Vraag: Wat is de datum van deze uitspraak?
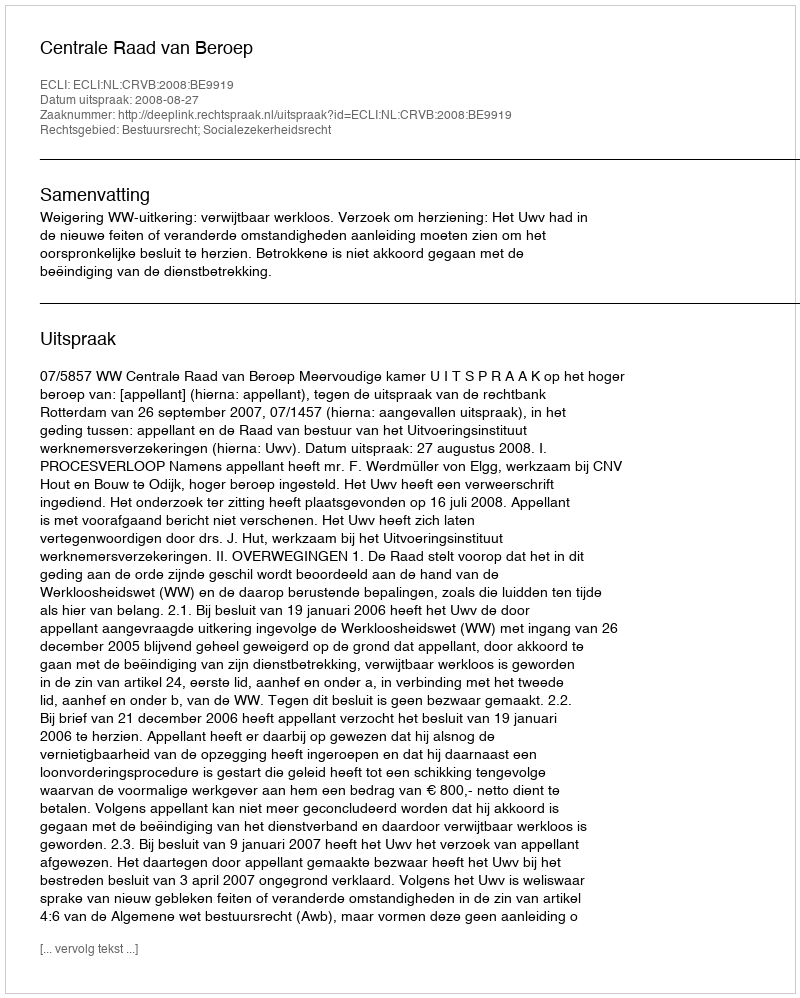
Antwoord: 2008-08-27